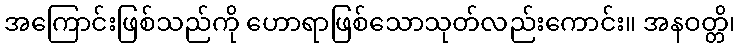
အကြောင်းဖြစ်သည်ကို ဟောရာဖြစ်သောသုတ်လည်းကောင်း။ အနဝတ္တိ၊